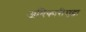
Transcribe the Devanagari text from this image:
अधिकारीसुद्धा